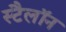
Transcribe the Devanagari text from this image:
स्टैलॉन